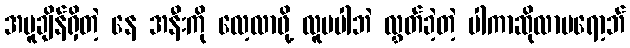
အပူချိန်ရှိတဲ့ နေ အနီးကို လေ့လာဖို့ လူမပါဘဲ လွှတ်ခဲ့တဲ့ ပါကာဆိုလာပရော့ဘ်